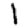
Digit: 1